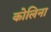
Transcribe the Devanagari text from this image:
कोलिना